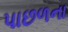
પાછળના